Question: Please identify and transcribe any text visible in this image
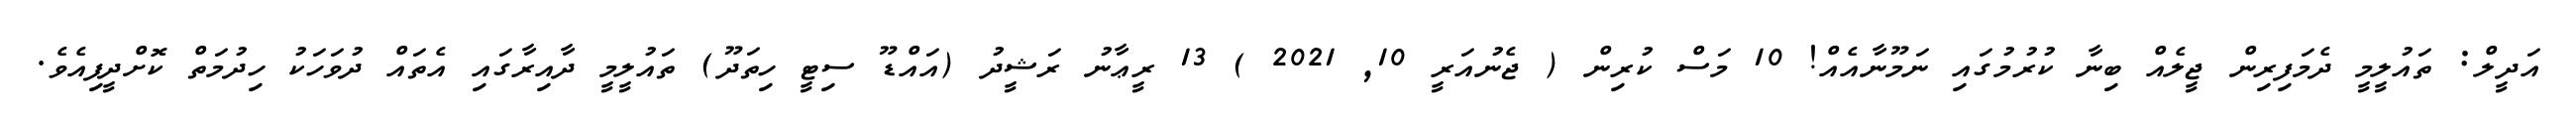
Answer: އަދީލް: ތައުލީމީ ދެމަފިރިން ޖީލެއް ބިނާ ކުރުމުގައި ނަމޫނާއެއް! 10 މަސް ކުރިން ( ޖެނުއަރީ 10, 2021 ) 13 ރީޢާނު ރަޝީދު (އައްޑޫ ސިޓީ ހިތަދޫ) ތައުލީމީ ދާއިރާގައި އެތައް ދުވަހަކު ހިދުމަތް ކޮށްދީފިއެވެ.